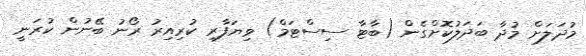
މުދަލަށް މުދާ ބަދަލުކޮށްގެން (ބާޓާ ސިސްޓަމް) ވިޔަފާރި ކުރިއިރު ރޯނު ބޭނުން ކުރަނީ